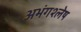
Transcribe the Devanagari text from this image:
अभंगश्लेष